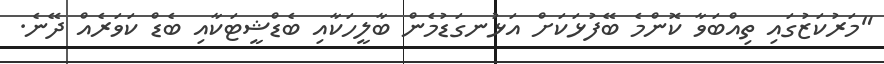
"މަރުކަޒުގައި ތިއްބަވާ ކޮންމެ ބޭފުޅަކަށް އަޅުނގަޑުމެން ބާލީހަކާއި ބެޑްޝީޓަކާއި ބެޑް ކަވަރެއް ދޭނެ.